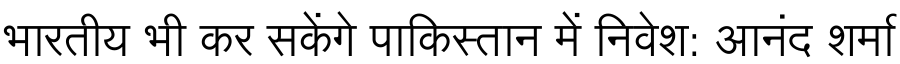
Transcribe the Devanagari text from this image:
भारतीय भी कर सकेंगे पाकिस्तान में निवेश: आनंद शर्मा